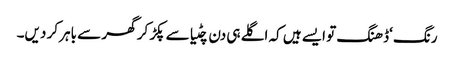
رنگ ‘ڈھنگ تو ایسے ہیں کہ اگلے ہی دن چٹیا سے پکڑ کر گھر سے باہر کر دیں۔